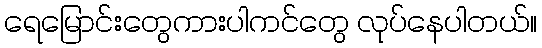
ရေမြောင်းတွေကားပါကင်တွေ လုပ်နေပါတယ်။